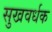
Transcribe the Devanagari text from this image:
सुखवर्धक